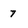
Character: 7